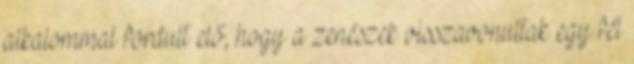
alkalommal fordult elő, hogy a zenészek visszavonultak egy fél